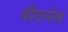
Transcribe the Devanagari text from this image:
बीटलेस